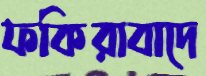
ফকিরাবাদে